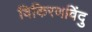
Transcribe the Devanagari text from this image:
विकिरणविंदु